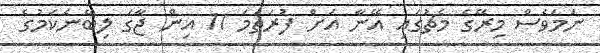
ނަމަވެސް މިރޭގެ މެޗުގައި އޭނާ އަށް ފުރަތަމަ 11 އިން ޖާގަ ލިބޭނެކަމުގެ